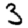
Digit: 3